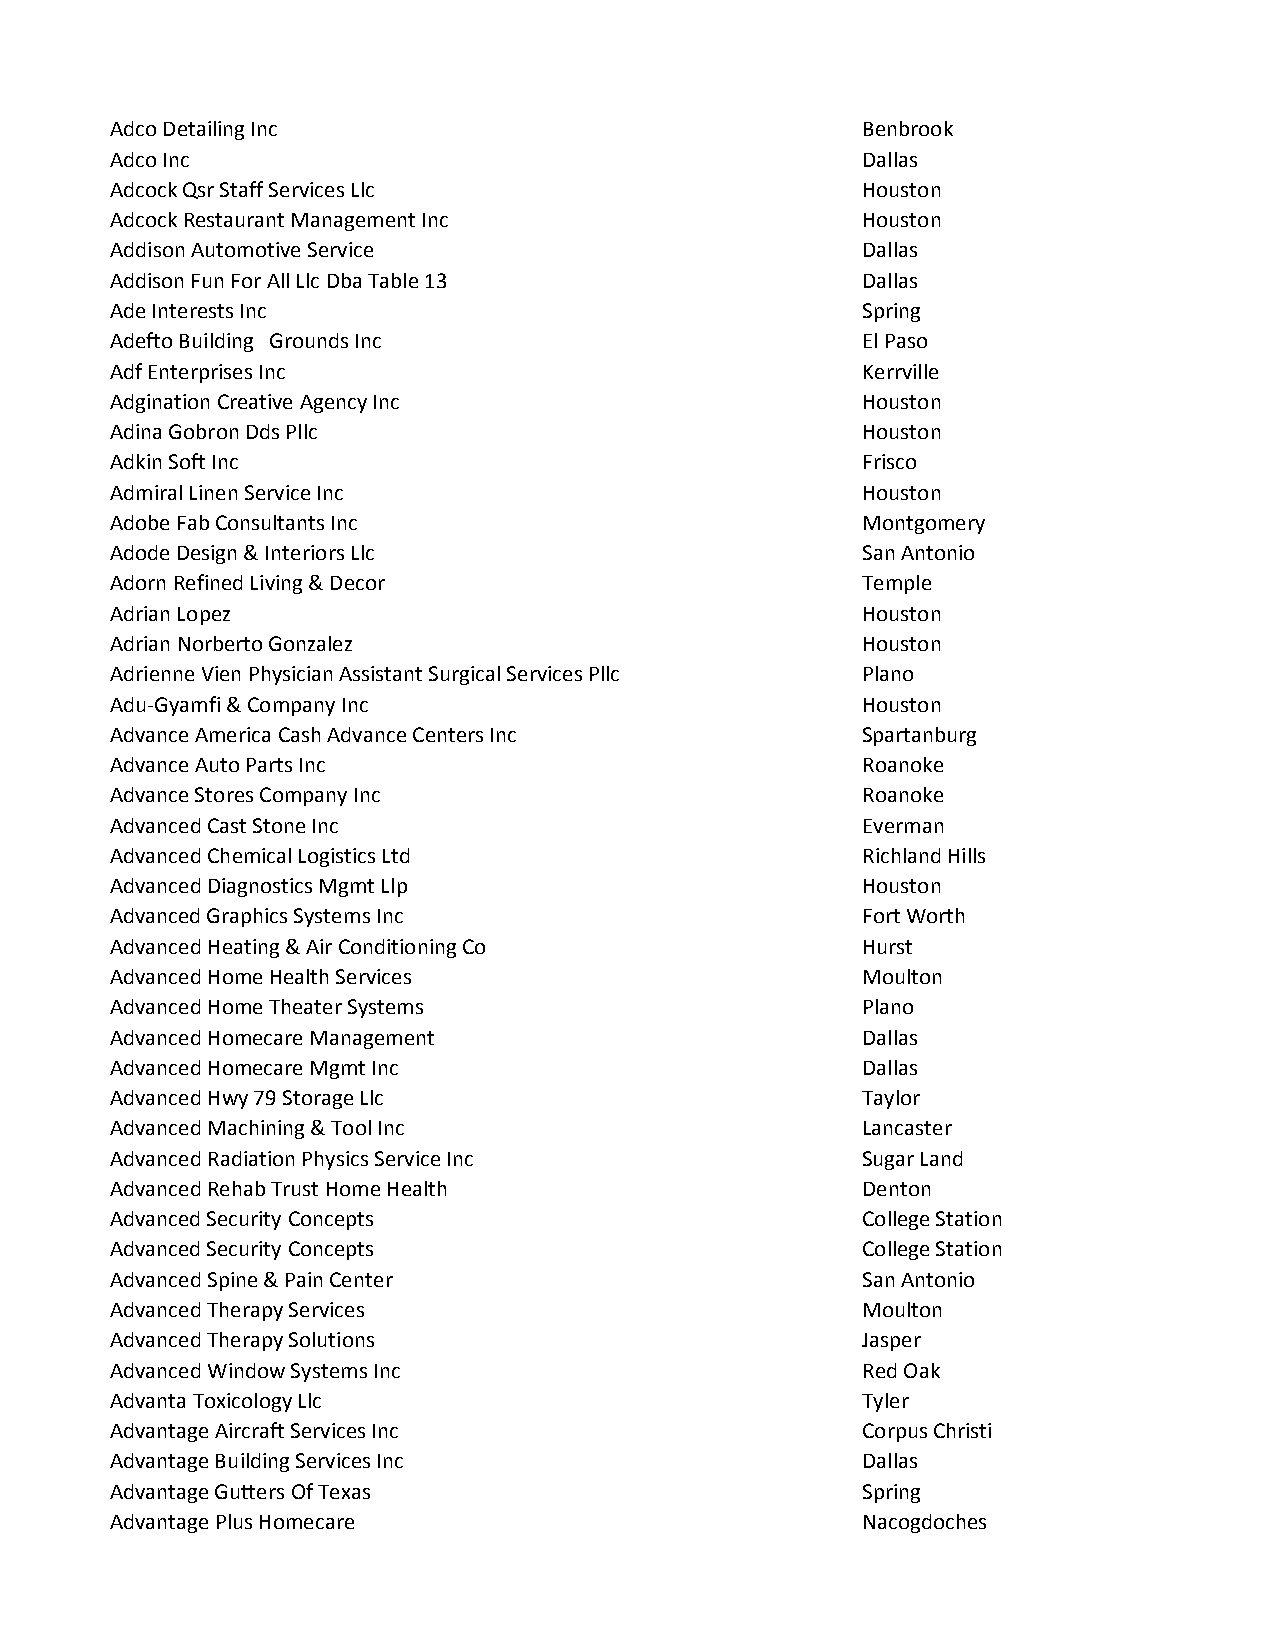
Adco Detailing Inc                                Benbrook
 Adco Inc                                          Dallas
 Adcock Qsr Staff Services Llc                     Houston
 Adcock Restaurant Management Inc                  Houston
 Addison Automotive Service                        Dallas
 Addison Fun For All Llc Dba Table 13              Dallas
 Ade Interests Inc                                 Spring
 Adefto Building Grounds Inc                       El Paso
 Adf Enterprises Inc                               Kerrville
 Adgination Creative Agency Inc                    Houston
 Adina Gobron Dds Pllc                             Houston
 Adkin Soft Inc                                    Frisco
 Admiral Linen Service Inc                         Houston
 Adobe Fab Consultants Inc                         Montgomery
 Adode Design & Interiors Llc                      San Antonio
 Adorn Refined Living & Decor                      Temple
 Adrian Lopez                                      Houston
 Adrian Norberto Gonzalez                          Houston
 Adrienne Vien Physician Assistant Surgical Services Pllc Plano
 Adu-Gyamfi & Company Inc                          Houston
 Advance America Cash Advance Centers Inc          Spartanburg
 Advance Auto Parts Inc                            Roanoke
 Advance Stores Company Inc                        Roanoke
 Advanced Cast Stone Inc                           Everman
 Advanced Chemical Logistics Ltd                   Richland Hills
 Advanced Diagnostics Mgmt Llp                     Houston
 Advanced Graphics Systems Inc                     Fort Worth
 Advanced Heating & Air Conditioning Co            Hurst
 Advanced Home Health Services                     Moulton
 Advanced Home Theater Systems                     Plano
 Advanced Homecare Management                      Dallas
 Advanced Homecare Mgmt Inc                        Dallas
 Advanced Hwy 79 Storage Llc                       Taylor
 Advanced Machining & Tool Inc                     Lancaster
 Advanced Radiation Physics Service Inc            Sugar Land
 Advanced Rehab Trust Home Health                  Denton
 Advanced Security Concepts                        College Station
 Advanced Security Concepts                        College Station
 Advanced Spine & Pain Center                      San Antonio
 Advanced Therapy Services                         Moulton
 Advanced Therapy Solutions                        Jasper
 Advanced Window Systems Inc                       Red Oak
 Advanta Toxicology Llc                            Tyler
 Advantage Aircraft Services Inc                   Corpus Christi
 Advantage Building Services Inc                   Dallas
 Advantage Gutters Of Texas                        Spring
 Advantage Plus Homecare                           Nacogdoches